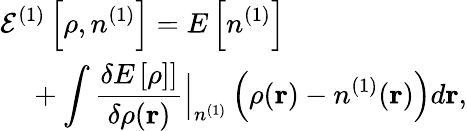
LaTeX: \begin{array}{l}{{\displaystyle{\cal E}^{(1)}\left[\rho,n^{(1)}\right]=E\left[n^{(1)}\right]}\ ~}\\ {{\displaystyle~~~~+\int\frac{\delta E\left[\rho]\right]}{\delta\rho({\mathbf r})}\Big\vert_{n^{(1)}}\left(\rho({\mathbf r})-n^{(1)}({\mathbf r})\right)d{\mathbf r}},}\end{array}